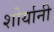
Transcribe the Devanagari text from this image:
शोर्यानी